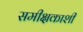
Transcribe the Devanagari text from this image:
समीक्षकाशी